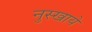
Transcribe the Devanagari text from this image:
नुस्खाये